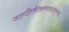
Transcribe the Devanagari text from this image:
जागतिकीकरणानंतरच्या